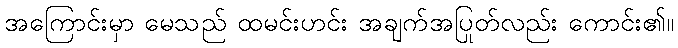
အကြောင်းမှာ မေသည် ထမင်းဟင်း အချက်အပြုတ်လည်း ကောင်း၏။